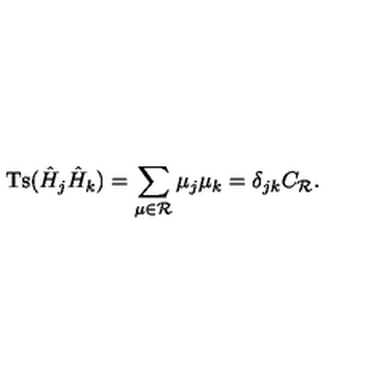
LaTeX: \mathrm { T s } ( \hat { H } _ { j } \hat { H } _ { k } ) = \sum _ { \mu \in { \cal R } } \mu _ { j } \mu _ { k } = \delta _ { j k } C _ { \cal R } .